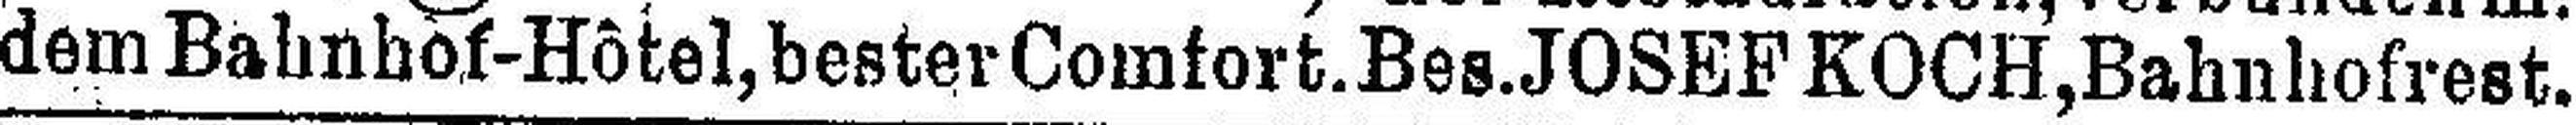
dem Bahnhof-Hôtel, bester Comfort. Bes. JOSEF KOCH, Bahnhofrest.